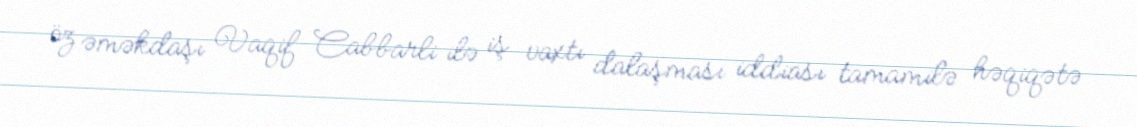
öz əməkdaşı Vaqif Cabbarli ilə iş vaxtı dalaşması iddiası tamamilə həqiqətə